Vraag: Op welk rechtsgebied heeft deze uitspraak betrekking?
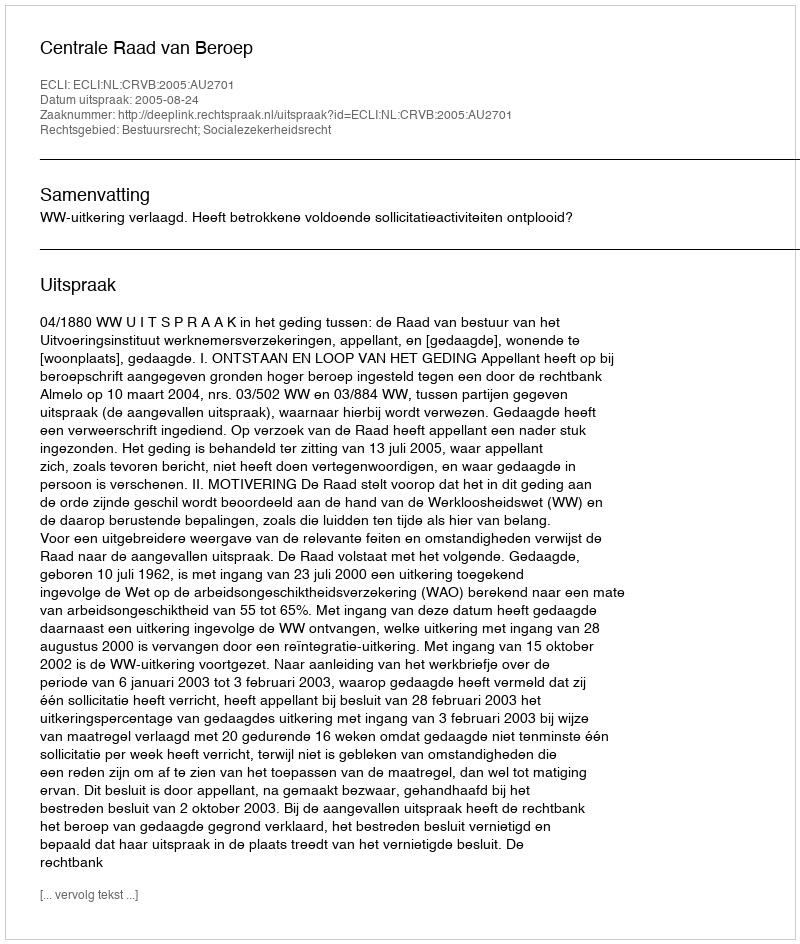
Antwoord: Bestuursrecht; Socialezekerheidsrecht